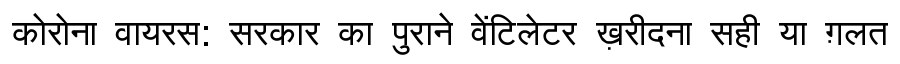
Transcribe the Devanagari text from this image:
कोरोना वायरस: सरकार का पुराने वेंटिलेटर ख़रीदना सही या ग़लत